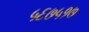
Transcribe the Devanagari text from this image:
५६७५१७